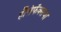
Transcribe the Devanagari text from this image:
हॅलिफॅक्सचा